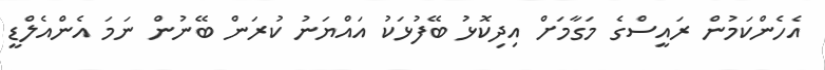
އެހެންކަމުން ރައީސްގެ މަގާމަށް އިދިކޮޅު ބޭފުޅަކު އައްޔަނު ކުރަން ބޭނުން ނަމަ އެންއެލްޑީ